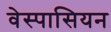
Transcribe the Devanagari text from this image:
वेस्पासियन